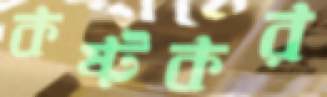
কষ্টকর